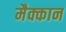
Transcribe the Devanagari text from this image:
मैक्कान